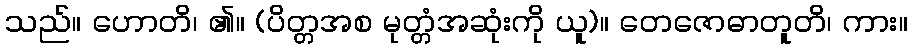
သည်။ ဟောတိ၊ ၏။ (ပိတ္တအစ မုတ္တံအဆုံးကို ယူ)။ တေဇောဓာတူတိ၊ ကား။